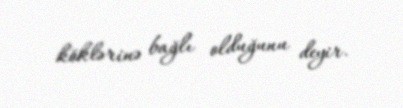
köklərinə bağlı olduğunu deyir.